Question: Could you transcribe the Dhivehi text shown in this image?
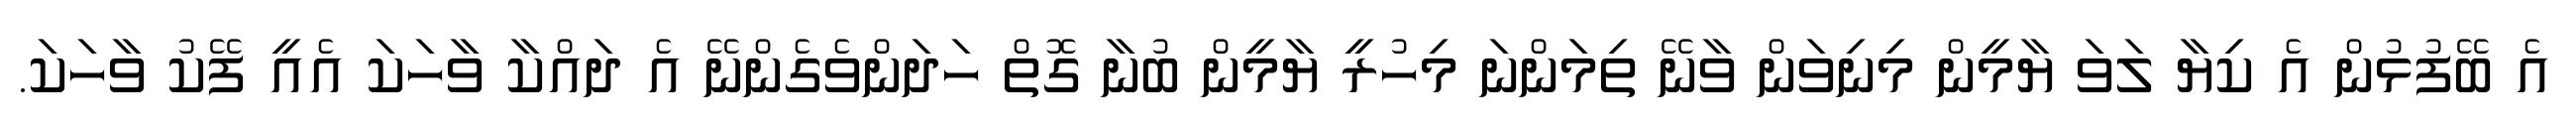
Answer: އެ ބޭފުޅުން އެ ކިޔާ ލަވަ ޔާމީން މިނިވަން ވާނޭ ތިމަންނަ މިހުރީ ޔާމީން ބުނާ ގޮތް ހަދަންވެގެންނޭ އެ ދައްކާ ވާހަކަ އެއީ ފޭކު ވާހަކަ.